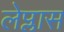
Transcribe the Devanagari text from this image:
लेप्लास